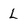
Character: L